Lunatic asylums Punjab 1895-1910 - 1895-1910
Year: 1895
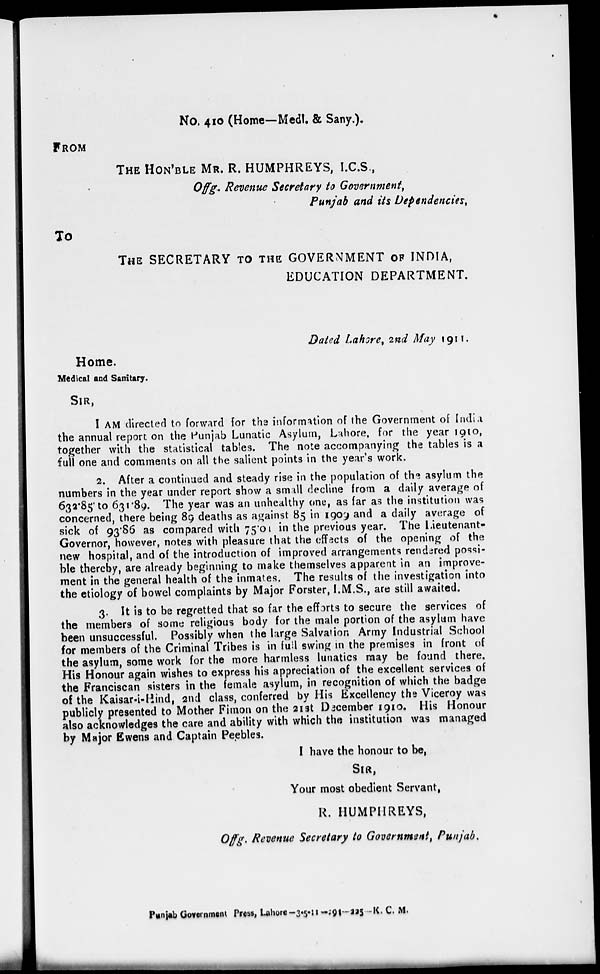
No. 410 (Home—Medl. & Sany.).
FROM
THE HON'BLE MR. R. HUMPHREYS, I.C.S.,
Offg. Revenue Secretary to Government,
Punjab and its Dependencies,
TO
THE SECRETARY TO THE GOVERNMENT OF INDIA,
EDUCATION DEPARTMENT.
Dated Lahore, 2nd May 1911.
Home.
Medical and Sanitary.
SIR,
I AM directed to forward for the information of the Government of India
the annual report on the Punjab Lunatic Asylum, Lahore, for the year 1910,
together with the statistical tables. The note accompanying the tables is a
full one and comments on all the salient points in the year's work.
2. After a continued and steady rise in the population of the asylum the
numbers in the year under report show a small decline from a daily average of
632.85 to 631.89. The year was an unhealthy one, as far as the institution was
concerned, there being 89 deaths as against 85 in 1909 and a daily average of
sick of 93.86 as compared with 75.01 in the previous year. The Lieutenant-
Governor, however, notes with pleasure that the effects of the opening of the
new hospital, and of the introduction of improved arrangements rendered possi-
ble thereby, are already beginning to make themselves apparent in an improve-
ment in the general health of the inmates. The results of the investigation into
the etiology of bowel complaints by Major Forster, I.M.S., are still awaited.
3. It is to be regretted that so far the efforts to secure the services of
the members of some religious body for the male portion of the asylum have
been unsuccessful. Possibly when the large Salvation Army Industrial School
for members of the Criminal Tribes is in full swing in the premises in front of
the asylum, some work for the more harmless lunatics may be found there.
His Honour again wishes to express his appreciation of the excellent services of
the Franciscan sisters in the female asylum, in recognition of which the badge
of the Kaisar-i-Hind, and class, conferred by His Excellency the Viceroy was
publicly presented to Mother Fimon on the 21st December 1910. His Honour
also acknowledges the care and ability with which the institution was managed
by Major Ewens and Captain Peebles.
I have the honour to be,
SIR,
Your most obedient Servant,
R. HUMPHREYS,
Offg. Revenue Secretary to Government, Punjab.
Punjab Government Press, Lahore-3-5-11-291-225-K. C. M.